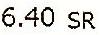
6.40 SR